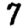
Digit: 7